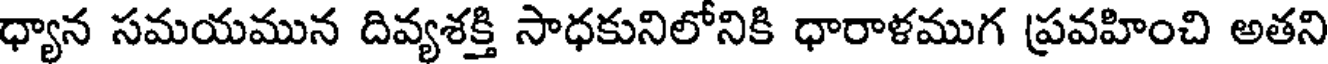
ధ్యాన సమయమున దివ్యశక్తి సాధకునిలోనికి ధారాళముగ ప్రవహించి అతని